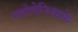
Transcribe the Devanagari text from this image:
स्लोवेनियाके